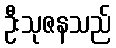
ဦးသုဇနသည်